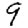
Digit: 9